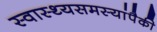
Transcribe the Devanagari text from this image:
स्वास्थ्यसमस्यांपैकी